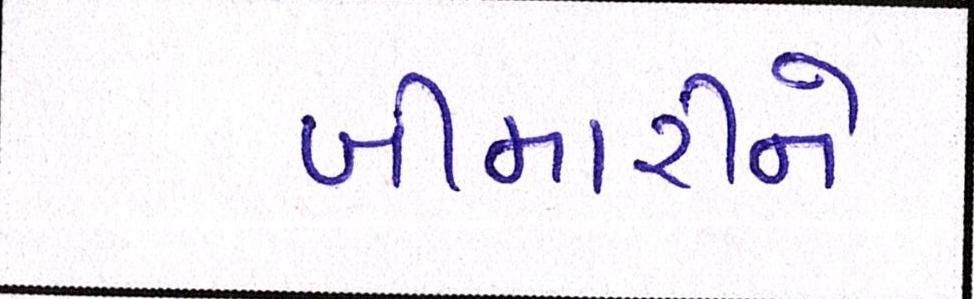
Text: બીમારીને